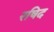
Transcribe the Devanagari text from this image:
रषिद